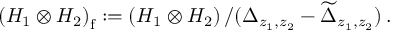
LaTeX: \left( { \cal H } _ { 1 } \otimes { \cal H } _ { 2 } \right) _ { \mathrm f } : = \left( { \cal H } _ { 1 } \otimes { \cal H } _ { 2 } \right) / ( \Delta _ { z _ { 1 } , z _ { 2 } } - \widetilde { \Delta } _ { z _ { 1 } , z _ { 2 } } ) \, .